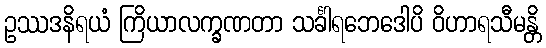
ဥဿဒနိရယံ ကြိယာလက္ခဏတာ သင်္ခါရဘေဒေါပိ ဝိဟာရသီမန္တိ